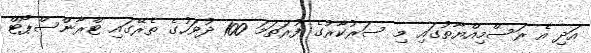
އަދި އެ ރަސްމިއްޔާތުގައި މި ސަރުކާރުގެ ފުރަތަމަ 100 ދުވަހުގެ ތެރޭގައި ޓްރާންސްޕޯޓް